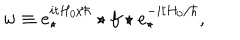
w \equiv e _ { \star } ^ { i t H _ { 0 } / \hbar } \star f \star e _ { \star } ^ { - i t H _ { 0 } / \hbar } ,